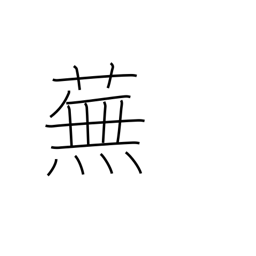
Meaning: turnip